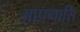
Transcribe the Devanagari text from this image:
आपणासि